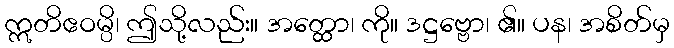
ဣတိဧဝမ္ပိ၊ ဤသို့လည်း။ အတ္ထော၊ ကို။ ဒဋ္ဌဗ္ဗော၊ ၏။ ပန၊ အစိတ်မှ